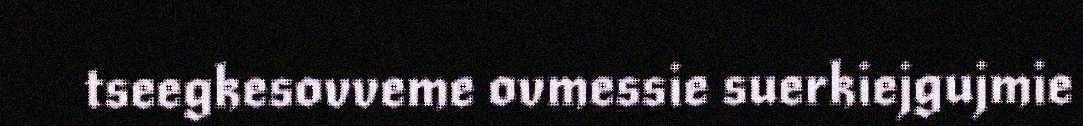
tseegkesovveme ovmessie suerkiejgujmie